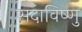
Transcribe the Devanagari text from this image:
सदाविष्णु